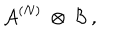
{ \mathcal A } ^ { ( N ) } \ \otimes \ { \mathcal B } \ ,